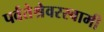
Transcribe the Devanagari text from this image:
पर्वतेश्रेवरस्वामी